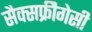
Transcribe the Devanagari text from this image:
सैक्सफ्रीैगेसी